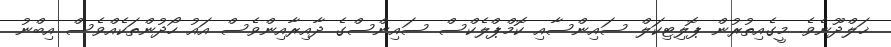
ޚަލްދޫނެވެ. މީގެއިތުރުން ޕޮލިޓިކަލް ސައިންސާއި ކޮމްޕްލެކްސް ސައިންސްގެ ދާއިރާއިންވެސް އައު ހޯދުންތަކެއްވެސް އިބްނު